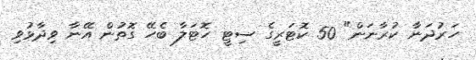
ހަރުދަނާ ކުރާނަން" 50 ކޮޓަރީގެ ސިޓީ ހޮޓަލާ ބެހޭ ގޮތުން އޭނާ ވިދާޅުވި